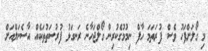
މި ގޯލަށްފަހު ވެސް ފުރަތަމަ ހާފް ނިމުމުގެކުރިން ގޯލްޖަހާނެ ރަނގަޅު ފުރުސަތުތަކެއް އާސެނަލްއަށް